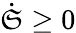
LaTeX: \dot{\mathfrak{S}}\geq 0